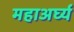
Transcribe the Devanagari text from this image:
महाअर्घ्य